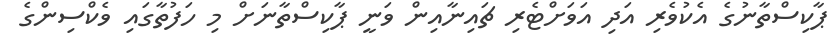
ޕާކިސްތާނުގެ އެކުވެރި އަދި އަވަށްޓެރި ޗައިނާއިން ވަނީ ޕާކިސްތާނަށް މި ހަފުތާގައި ވެކްސިންގެ